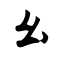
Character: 幺